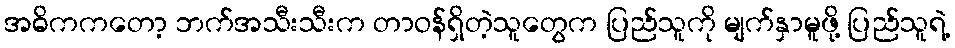
အဓိကကတော့ ဘက်အသီးသီးက တာဝန်ရှိတဲ့သူတွေက ပြည်သူကို မျက်နှာမူဖို့ ပြည်သူရဲ့